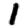
Digit: 1